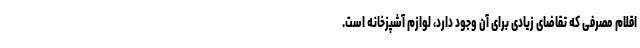
اقلام مصرفی که تقاضای زیادی برای آن وجود دارد، لوازم آشپزخانه است.